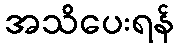
အသိပေးရန်